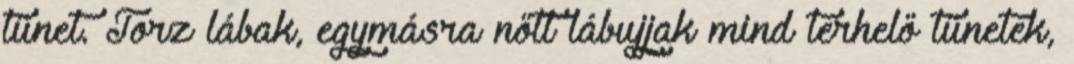
tünet. Torz lábak, egymásra nőtt lábujjak mind terhelő tünetek,